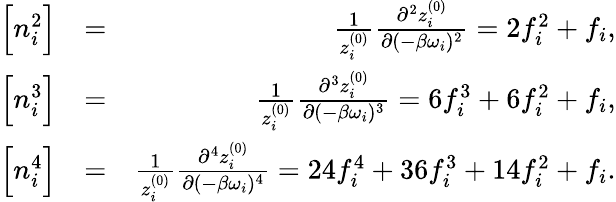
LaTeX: \begin{array}{rlr}{\Big[n_{i}^{2}\Big]}&{=}&{\frac{1}{z_{i}^{(0)}}\frac{\partial^{2}z_{i}^{(0)}}{\partial(-\beta\omega_{i})^{2}}=2f_{i}^{2}+f_{i},}\\ {\Big[{n_{i}^{3}}\Big]}&{=}&{\frac{1}{z_{i}^{(0)}}\frac{\partial^{3}z_{i}^{(0)}}{\partial(-\beta\omega_{i})^{3}}=6f_{i}^{3}+6f_{i}^{2}+f_{i},}\\ {\Big[{n_{i}^{4}}\Big]}&{=}&{\frac{1}{z_{i}^{(0)}}\frac{\partial^{4}z_{i}^{(0)}}{\partial(-\beta\omega_{i})^{4}}=24f_{i}^{4}+36f_{i}^{3}+14f_{i}^{2}+f_{i}.}\end{array}